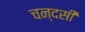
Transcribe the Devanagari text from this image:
चन्दसी